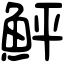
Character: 鮃